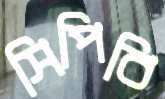
সিপিবি